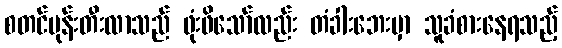
စတင်မုန်းတီးလာသည် ဖုံးဖိသော်လည်း တံခါးဘေးမှာ သူခံစားနေရသည့်